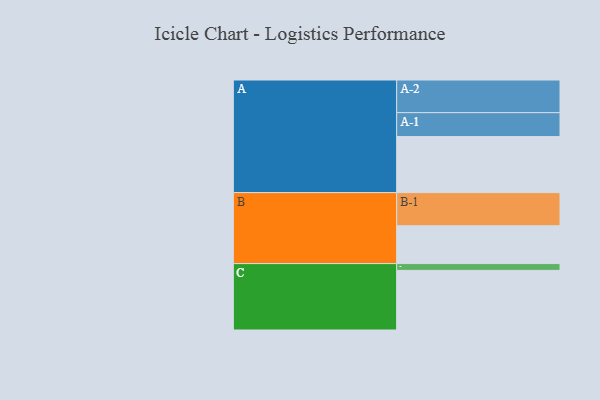
{"axis": {"x": "Segment", "y": "Value"}, "legend": ["", "A", "B", "C"], "data": [{"x": "A", "y": 468, "type": ""}, {"x": "B", "y": 316, "type": ""}, {"x": "C", "y": 498, "type": ""}, {"x": "A-1", "y": 200, "type": "A"}, {"x": "A-2", "y": 273, "type": "A"}, {"x": "B-1", "y": 277, "type": "B"}, {"x": "C-1", "y": 57, "type": "C"}]}